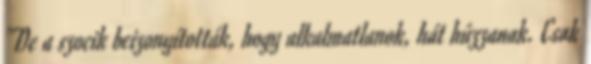
"De a szocik beizonyították, hogy alkalmatlanok, hát húzzanak. Csak